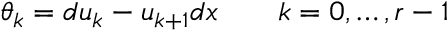
\theta _ { k } = d u _ { k } - u _ { k + 1 } d x \qquad k = 0 , \ldots , r - 1